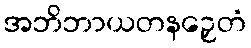
အဘိဘာယတနဉှေတံ